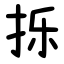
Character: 㧰